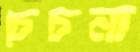
চেচনা